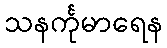
သနင်္ကုမာရေန